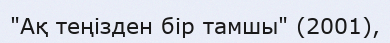
"Ақ теңізден бір тамшы" (2001),